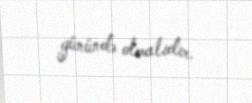
günündə olmalıdır.